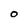
Character: 0